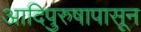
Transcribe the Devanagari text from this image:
आदिपुरुषापासून